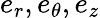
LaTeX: e_{r},e_{\theta},e_{z}